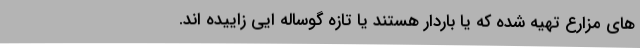
های مزارع تهیه شده که یا باردار هستند یا تازه گوساله ایی زاییده اند.